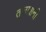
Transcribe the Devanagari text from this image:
तलाशनी